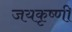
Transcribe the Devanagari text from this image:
जयकृष्णी